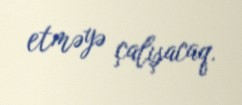
etməyə çalışacaq.